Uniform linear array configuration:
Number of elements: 24
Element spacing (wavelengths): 1
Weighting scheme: blackman
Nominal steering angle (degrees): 0
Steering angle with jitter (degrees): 0.172
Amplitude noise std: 0.05
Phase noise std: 0.05

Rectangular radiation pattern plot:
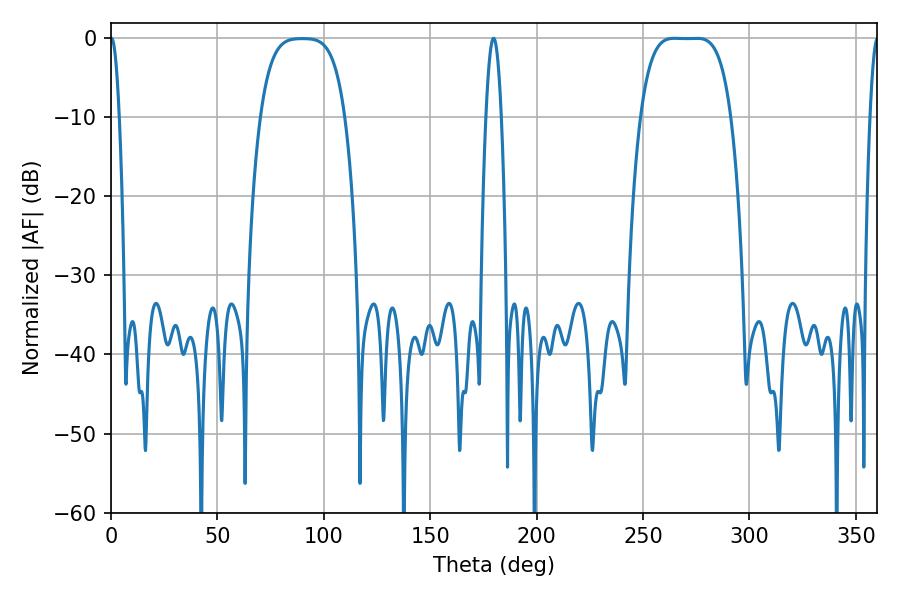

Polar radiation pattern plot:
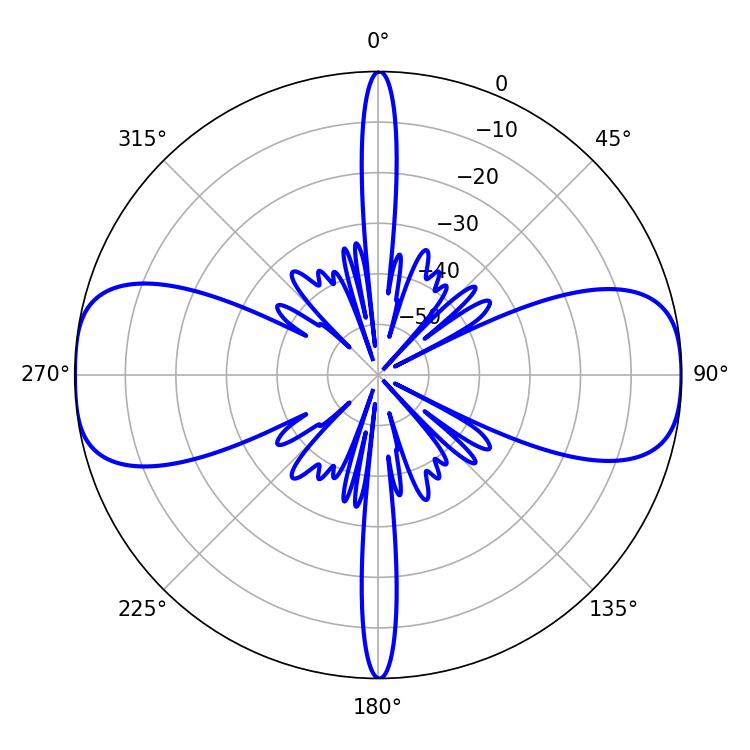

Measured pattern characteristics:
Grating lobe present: TRUE
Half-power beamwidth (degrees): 32.4
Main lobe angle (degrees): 264.78